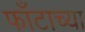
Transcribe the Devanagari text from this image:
फाँटाच्या